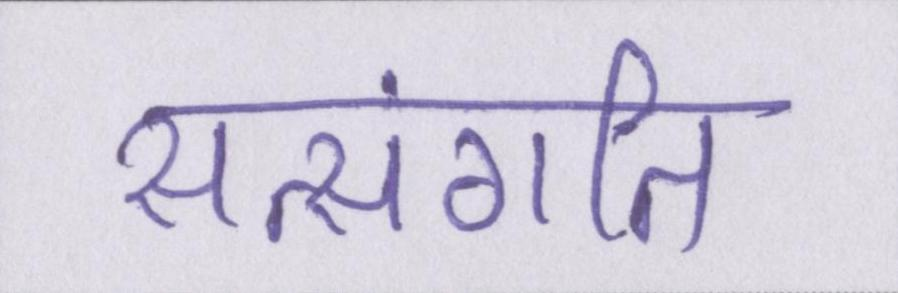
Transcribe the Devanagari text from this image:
सत्संगति